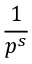
\frac { 1 } { p ^ { s } }